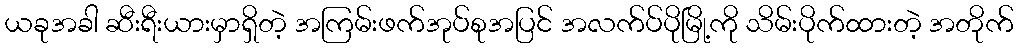
ယခုအခါ ဆီးရီးယားမှာရှိတဲ့ အကြမ်းဖက်အုပ်စုအပြင် အလက်ပ်ပိုမြို့ကို သိမ်းပိုက်ထားတဲ့ အတိုက်